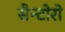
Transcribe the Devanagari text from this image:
सैन्टोरो